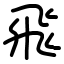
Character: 飛